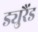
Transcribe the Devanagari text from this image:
ड्युरैंड